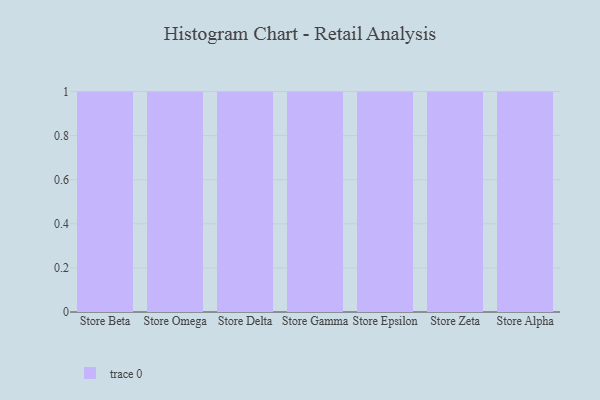
{"axis": {"x": "Store", "y": "Tickets Resolved"}, "legend": [""], "data": [{"x": "Store Beta", "y": 10, "type": ""}, {"x": "Store Omega", "y": 98, "type": ""}, {"x": "Store Delta", "y": 45, "type": ""}, {"x": "Store Gamma", "y": 100, "type": ""}, {"x": "Store Epsilon", "y": 6, "type": ""}, {"x": "Store Zeta", "y": 64, "type": ""}, {"x": "Store Alpha", "y": 62, "type": ""}]}